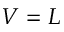
V = L